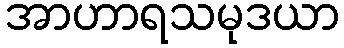
အာဟာရသမုဒယာ